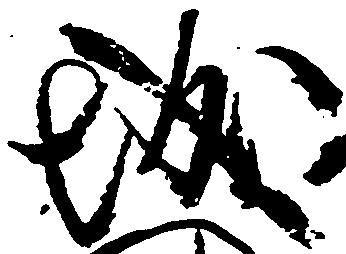
城